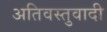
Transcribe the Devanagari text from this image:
अतिवस्तुवादी